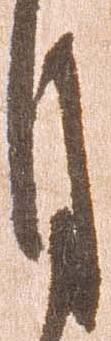
月